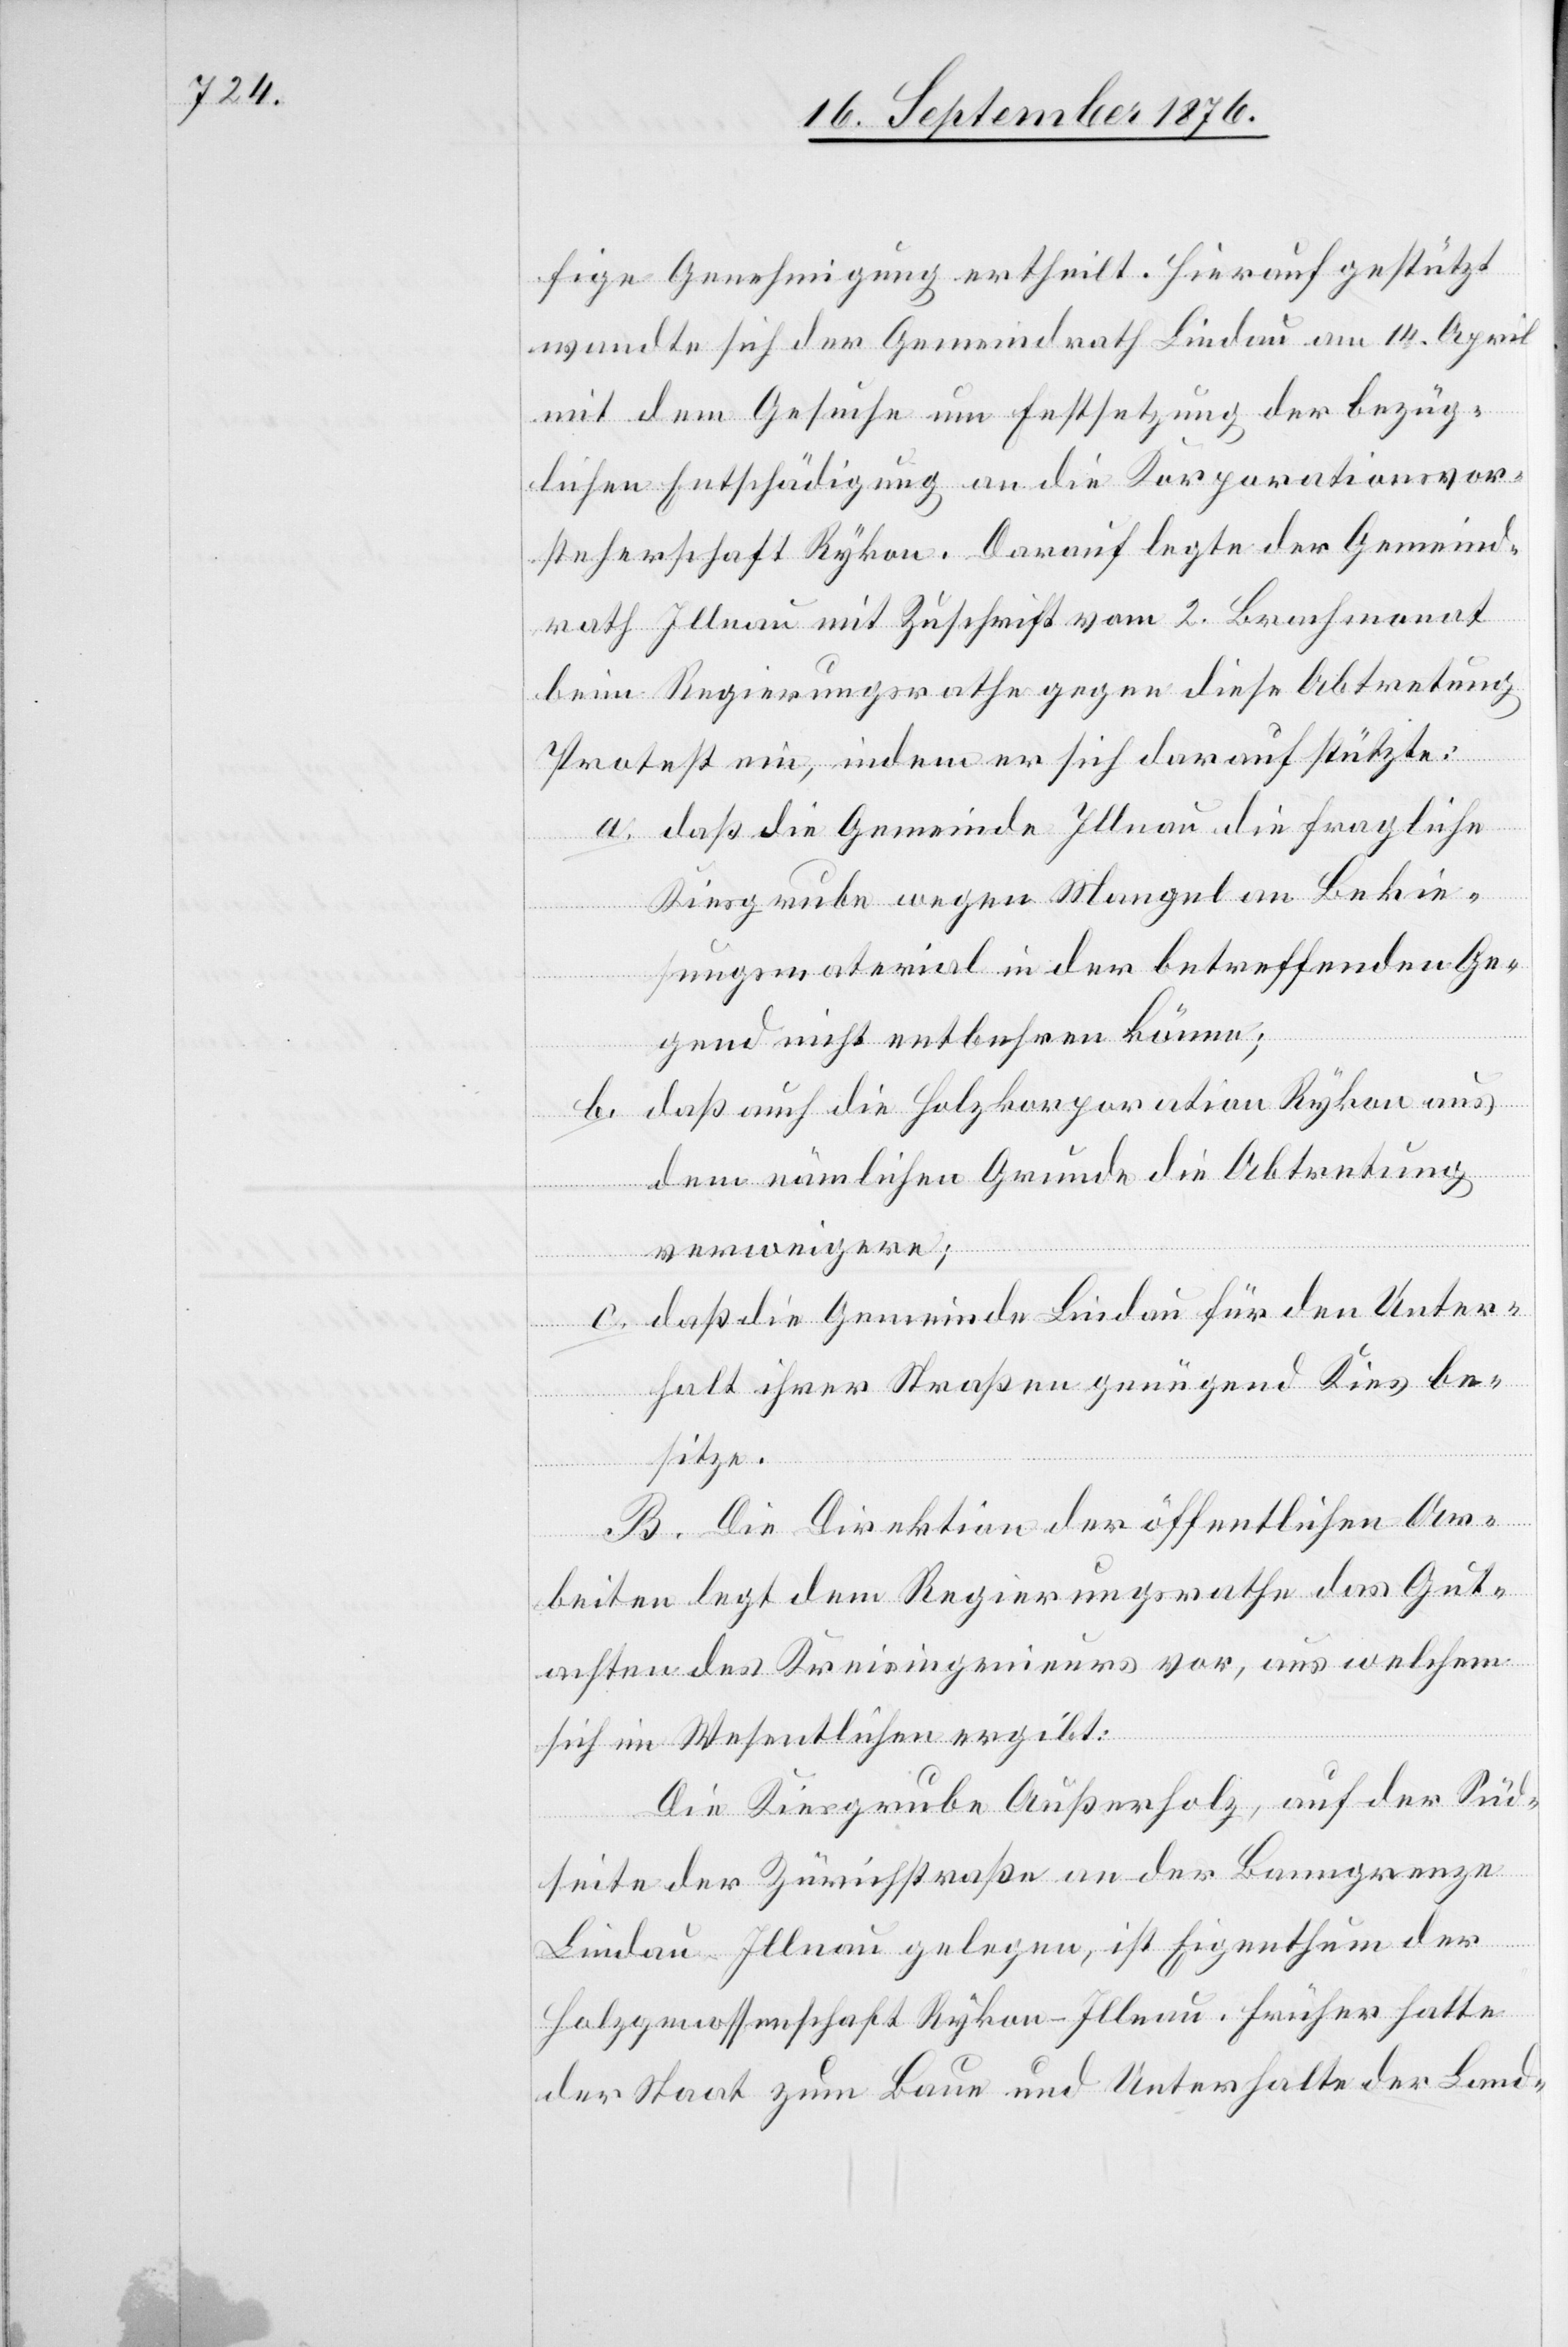
fige Genehmigung ertheilt. Hierauf gestützt
wandte sich der Gemeindrath Lindau am 14. April
mit dem Gesuche um Festsetzung der bezüg¬
lichen Entschädigung an die Korporationsvor¬
steherschaft Rykon. Darauf legte der Gemeind¬
rath Illnau mit Zuschrift vom 2. Brachmonat
beim Regierungsrathe gegen diese Abtretung
Protest ein, indem er sich darauf stützte:
a. daß die Gemeinde Illnau die fragliche
c.
Kiesgrube wegen Mangel an Bekie¬
sungsmaterial in der betreffenden Ge¬
gend nicht entbehren könne;
b. daß auch die Holzkorporation Rykon aus
dem nämlichen Grunde die Abtretung
daß die Gemeinde Lindau für den Unter¬
verweigere;
halt ihrer Straßen genügend Kies be¬
sitze.
B. Die Direktion der öffentlichen Ar¬
beiten legt dem Regierungsrathe das Gut¬
achten des Kreisingenieurs vor, aus welchem
sich im Wesentlichen ergibt:
Die Kiesgrube Außerholz, auf der Süd¬
seite der Zürichstraße an der Banngrenze
der Staat zum Baue und Unterhalt der Land-